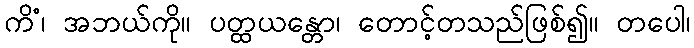
ကိံ၊ အဘယ်ကို။ ပတ္ထယန္တော၊ တောင့်တသည်ဖြစ်၍။ တပေါ၊